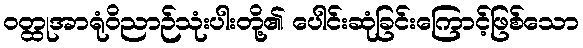
ဝတ္ထုအာရုံဝိညာဉ်သုံးပါးတို့၏ ပေါင်းဆုံခြင်းကြောင့်ဖြစ်သော